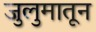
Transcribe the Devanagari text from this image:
जुलुमातून